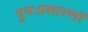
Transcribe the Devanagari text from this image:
पुनःप्रसारणों